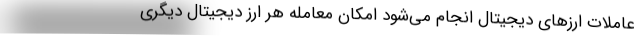
عاملات ارزهای دیجیتال انجام می‌شود امکان معامله هر ارز دیجیتال دیگری